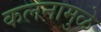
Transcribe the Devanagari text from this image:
कलनामुळे